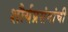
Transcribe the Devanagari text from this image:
शौर्यप्रसंगांची